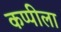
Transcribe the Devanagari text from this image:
कप्पीला